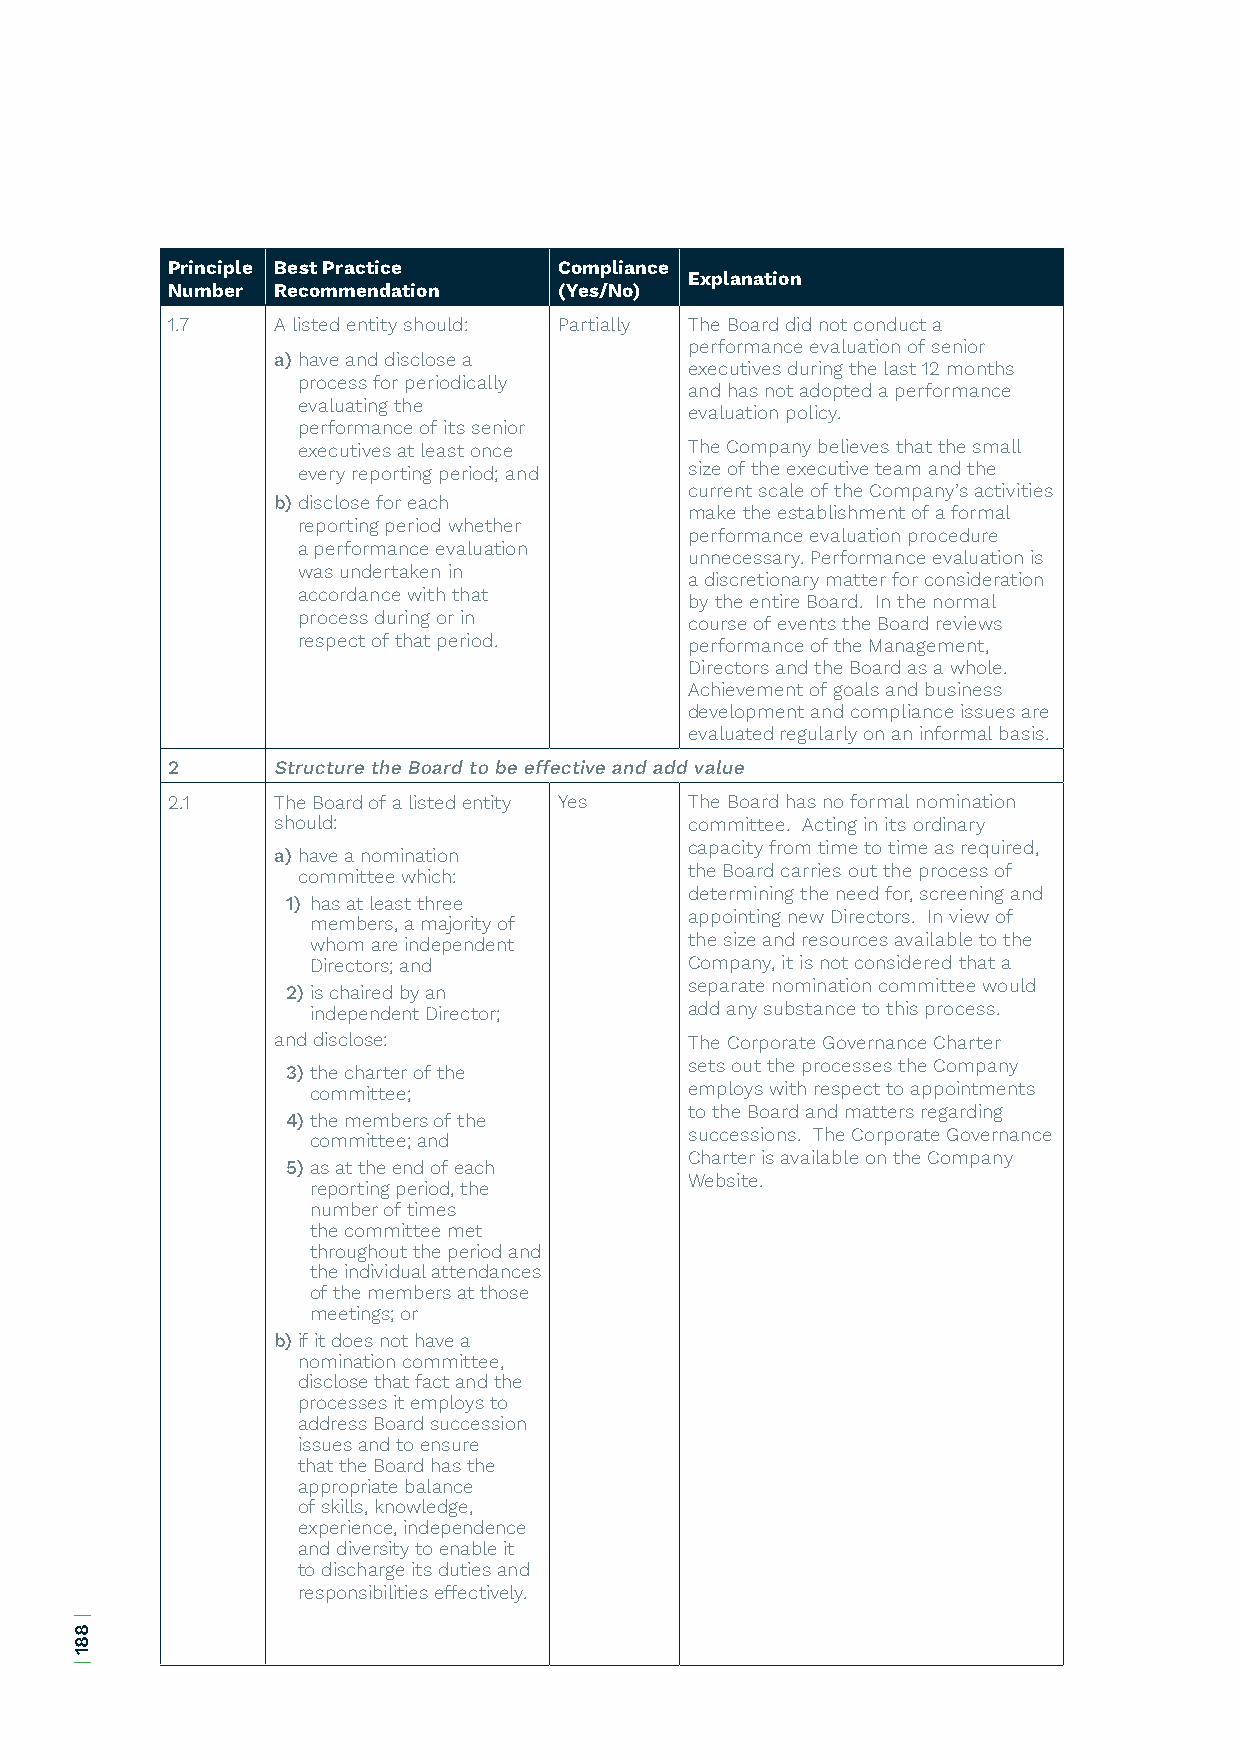
Principle Best Practice   Compliance
 Explanation
 Number Recommendation     (Yes/No)
 1.7    A listed entity should: Partially The Board did not conduct a
 performance evaluation of senior
 a) have and disclose a
 executives during the last 12 months
 process for periodically
 and has not adopted a performance
 evaluating the
 evaluation policy.
 performance of its senior
 executives at least once  The Company believes that the small
 every reporting period; and size of the executive team and the
 current scale of the Company’s activities
 b) disclose for each
 make the establishment of a formal
 reporting period whether
 performance evaluation procedure
 a performance evaluation
 unnecessary. Performance evaluation is
 was undertaken in
 a discretionary matter for consideration
 accordance with that
 by the entire Board. In the normal
 process during or in      course of events the Board reviews
 respect of that period.   performance of the Management,
 Directors and the Board as a whole.
 Achievement of goals and business
 development and compliance issues are
 evaluated regularly on an informal basis.
 2      Structure the Board to be effective and add value
 2.1    The Board of a listed entity Yes The Board has no formal nomination
 should:                     committee. Acting in its ordinary
 capacity from time to time as required,
 a) have a nomination
 committee which:          the Board carries out the process of
 determining the need for, screening and
 1) has at least three
 appointing new Directors. In view of
 members, a majority of
 whom are independent      the size and resources available to the
 Directors; and            Company, it is not considered that a
 separate nomination committee would
 2) is chaired by an
 independent Director;     add any substance to this process.
 and disclose:               The Corporate Governance Charter
 sets out the processes the Company
 3) the charter of the
 committee;                employs with respect to appointments
 to the Board and matters regarding
 4) the members of the
 successions. The Corporate Governance
 committee; and
 Charter is available on the Company
 5) as at the end of each
 Website.
 reporting period, the
 number of times
 the committee met
 throughout the period and
 the individual attendances
 of the members at those
 meetings; or
 b) if it does not have a
 nomination committee,
 disclose that fact and the
 processes it employs to
 address Board succession
 issues and to ensure
 that the Board has the
 appropriate balance
 of skills, knowledge,
 experience, independence
 and diversity to enable it
 to discharge its duties and
 responsibilities effectively.
 |
 881
 |